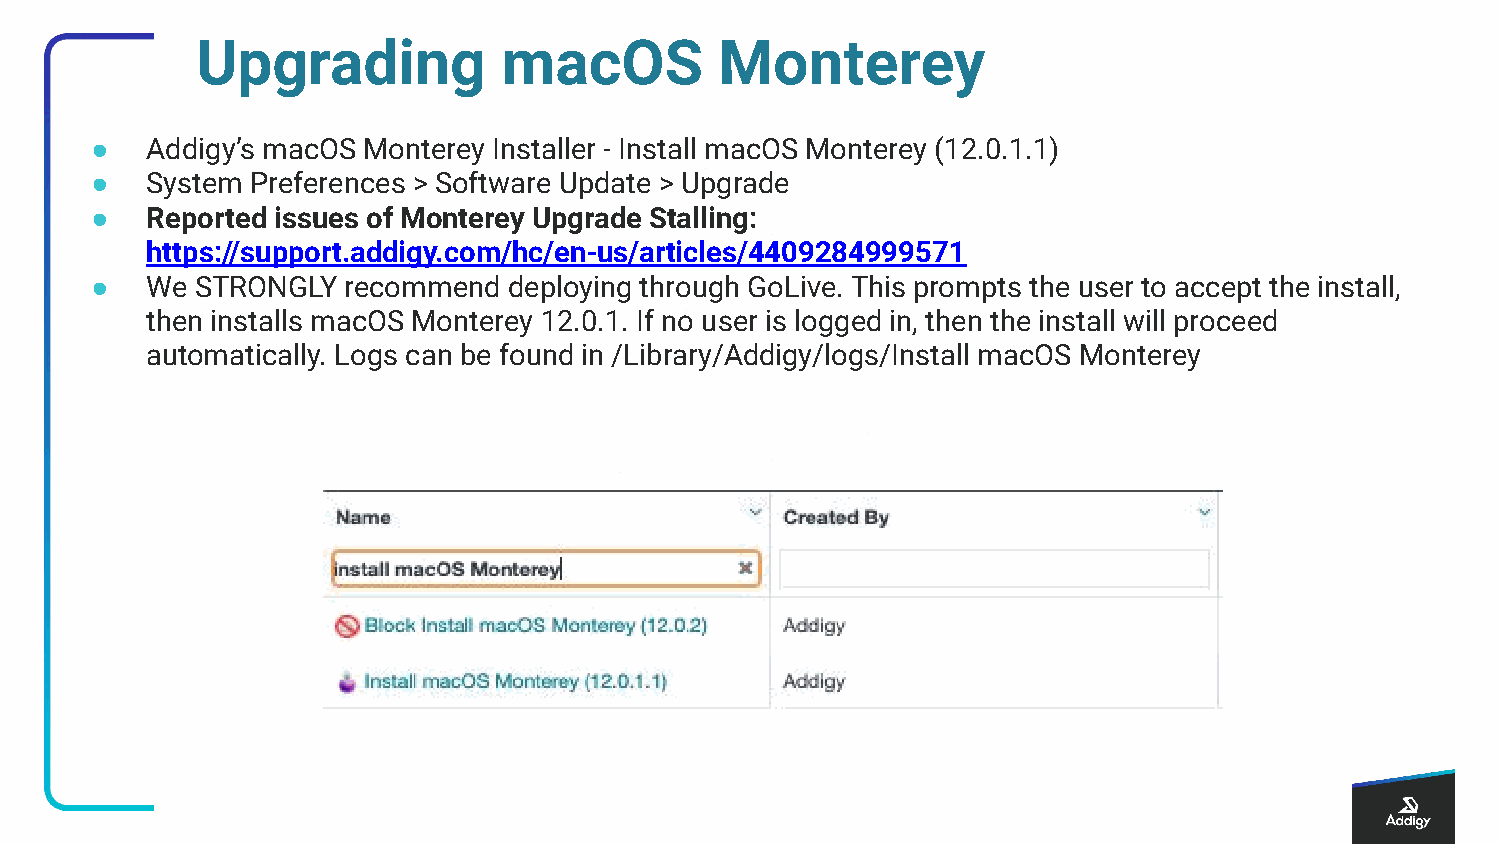
Upgrading           macOS          Monterey
 ●   Addigy’s macOS Monterey Installer - Install macOS Monterey (12.0.1.1)
 ●   System Preferences > Software Update > Upgrade
 ●   Reported issues of Monterey Upgrade Stalling:
 https://support.addigy.com/hc/en-us/articles/4409284999571
 ●   We STRONGLY  recommend  deploying through GoLive. This prompts the user to accept the install,
 then installs macOS Monterey 12.0.1. If no user is logged in, then the install will proceed
 automatically. Logs can be found in /Library/Addigy/logs/Install macOS Monterey